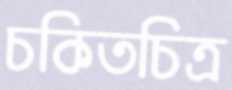
চকিতচিত্র